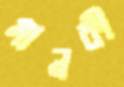
মানকী